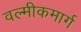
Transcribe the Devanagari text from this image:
वल्मीकमार्ग